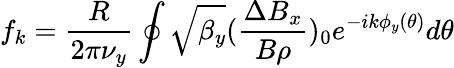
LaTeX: f_{k}=\frac{R}{2\pi\nu_{y}}\oint\sqrt{\beta_{y}}(\frac{\Delta B_{x}}{B\rho})_{0}e^{-ik\phi_{y}(\theta)}d\theta